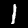
Digit: 1